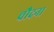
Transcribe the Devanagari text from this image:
चौदना